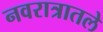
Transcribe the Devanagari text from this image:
नवरात्रातले